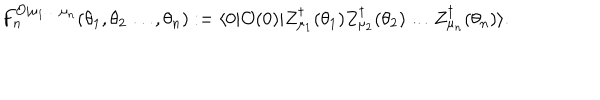
F _ { n } ^ { \mathcal { O } | \mu _ { 1 } \ldots \mu _ { n } } ( \theta _ { 1 } , \theta _ { 2 } \ldots , \theta _ { n } ) : = \langle 0 | \mathcal { O } ( 0 ) | Z _ { \mu _ { 1 } } ^ { \dagger } ( \theta _ { 1 } ) Z _ { \mu _ { 2 } } ^ { \dagger } ( \theta _ { 2 } ) \ldots Z _ { \mu _ { n } } ^ { \dagger } ( \theta _ { n } ) \rangle .